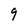
Character: 9